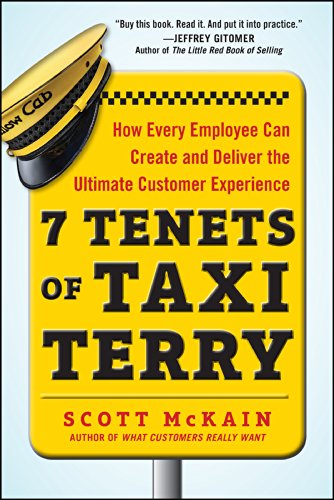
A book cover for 7 Tenets of Taxi Terry: How Every Employee Can Create and Deliver the Ultimate Customer Experience; Scott McKain; Business & Money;